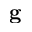
\mathbf { g }